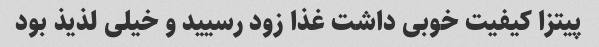
پیتزا کیفیت خوبی داشت غذا زود رسیید و خیلی لذیذ بود